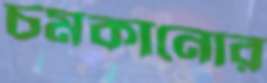
চমকানোর